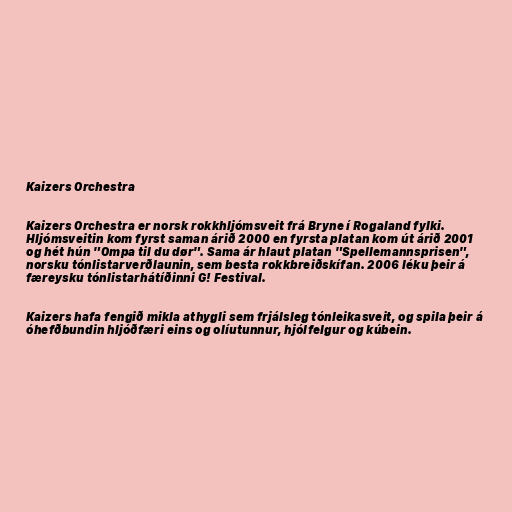
Kaizers Orchestra

Kaizers Orchestra er norsk rokkhljómsveit frá Bryne í Rogaland fylki.
Hljómsveitin kom fyrst saman árið 2000 en fyrsta platan kom út árið 2001
og hét hún "Ompa til du dør". Sama ár hlaut platan "Spellemannsprisen",
norsku tónlistarverðlaunin, sem besta rokkbreiðskífan. 2006 léku þeir á
færeysku tónlistarhátíðinni G! Festival.

Kaizers hafa fengið mikla athygli sem frjálsleg tónleikasveit, og spila þeir á
óhefðbundin hljóðfæri eins og olíutunnur, hjólfelgur og kúbein.